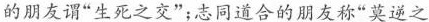
的朋友谓”生死之交”；志同道合的朋友称”莫逆之